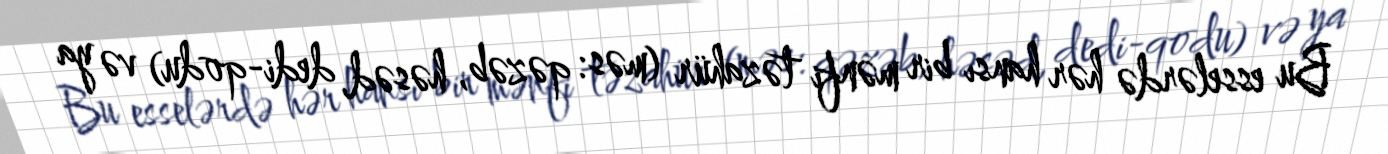
Bu esselərdə hər hansı bir mənfi təzahür (məs: qəzəb, həsəd, dedi-qodu) və ya